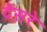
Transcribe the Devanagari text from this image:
देसरे